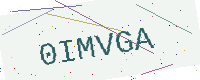
Text: 0IMVGA